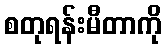
စတုရန်းမီတာကို